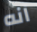
انه